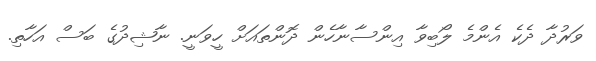
ވަރުދާ ދެކެ އެންމެ ލޯބިވާ އިންސާނާހެން ދޮންތައަށް ހީވަނީ. ނާޝިދުގެ ބަސް އަހާތި.